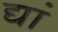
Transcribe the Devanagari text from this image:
द्यां